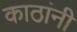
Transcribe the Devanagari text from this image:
काठांनी